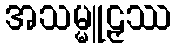
အသမ္မူဠှဿ